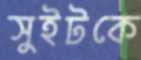
সুইটকে